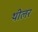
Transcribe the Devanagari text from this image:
थीलर